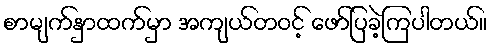
စာမျက်နှာထက်မှာ အကျယ်တဝင့် ဖော်ပြခဲ့ကြပါတယ်။